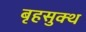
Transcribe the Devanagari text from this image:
बृहसुक्थ